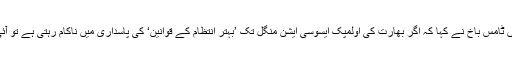
خبر رساں ادارے ایسوسی ایٹڈ پریس کو ایک انٹرویو میں ٹامس باخ نے کہا کہ اگر بھارت کی اولمپک ایسوسی ایشن منگل تک ’بہتر انتظام کے قوانین‘ کی پاسداری میں ناکام رہتی ہے تو آئی او سی اسے تسلیم کرنے سے انکار کے لیے تیار ہے۔